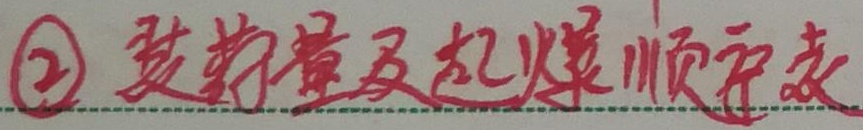
\textcircled{2} 装药量及起爆顺序表